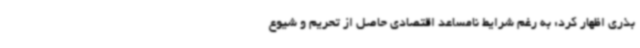
بذری اظهار کرد: به رغم شرایط نامساعد اقتصادی حاصل از تحریم و شیوع